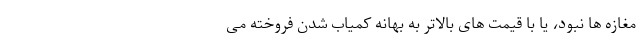
مغازه ها نبود، یا با قیمت های بالاتر به بهانه کمیاب شدن فروخته می